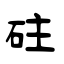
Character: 砫